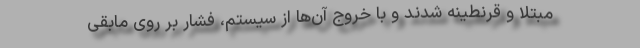
مبتلا و قرنطینه شدند و با خروج آن‌ها از سیستم، فشار بر روی مابقی